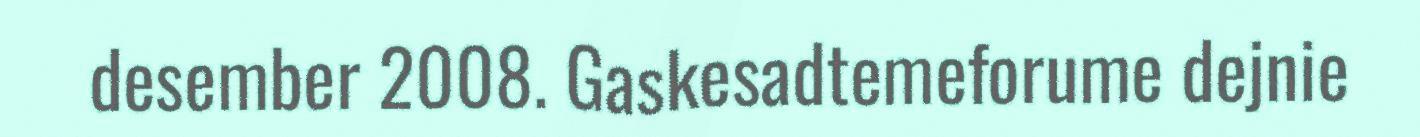
desember 2008. Gaskesadtemeforume dejnie